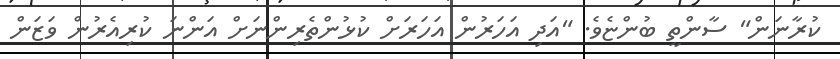
ކުރާނަން" ސާންތީ ބުންޏެވެ. "އަދި އަހަރުން އަހަރަށް ކުޅުންތެރިންނަށް އަންނަ ކުރިއެރުން ވަޒަން